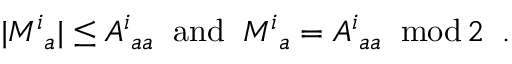
| M _ { ~ a } ^ { i } | \leq A _ { \; a a } ^ { i } \; \; \mathrm { a n d } \; \; M _ { ~ a } ^ { i } = A _ { \; a a } ^ { i } \; \; \mathrm { m o d } \, 2 \; \; .